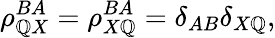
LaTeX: \rho_{\mathbb{Q}X}^{BA}=\rho_{X\mathbb{Q}}^{BA}=\delta_{AB}\delta_{X\mathbb{Q}},